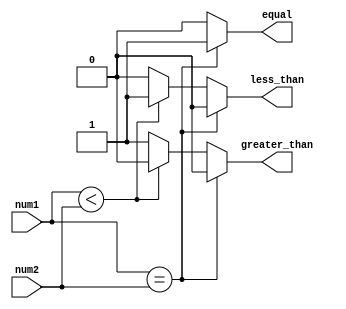
module fixed_point_comparator (
    input signed [7:0] num1,
    input signed [7:0] num2,
    output reg equal,
    output reg less_than,
    output reg greater_than
);

always @(*)
begin
    if (num1 == num2) begin
        equal = 1;
        less_than = 0;
        greater_than = 0;
    end else if (num1 < num2) begin
        equal = 0;
        less_than = 1;
        greater_than = 0;
    end else begin
        equal = 0;
        less_than = 0;
        greater_than = 1;
    end
end

endmodule